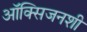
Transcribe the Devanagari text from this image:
ऑक्सिजनशी